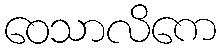
ဝေသာလိကေ